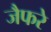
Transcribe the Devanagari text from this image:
जैफरे